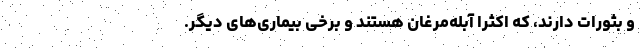
و بثورات دارند، که اکثرا آبله‌مرغان هستند و برخی بیماری‌های دیگر.